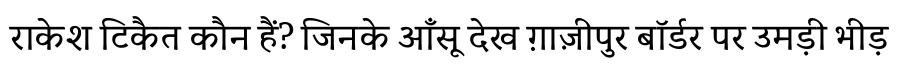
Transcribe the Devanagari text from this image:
राकेश टिकैत कौन हैं? जिनके आँसू देख ग़ाज़ीपुर बॉर्डर पर उमड़ी भीड़